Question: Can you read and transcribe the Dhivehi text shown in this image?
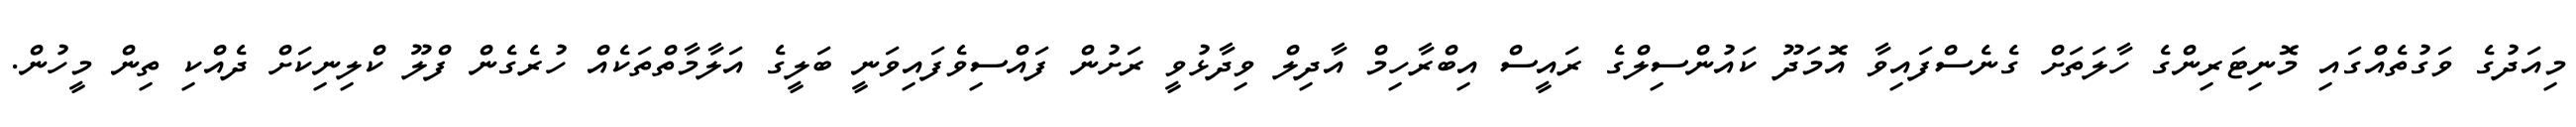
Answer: މިއަދުގެ ވަގުތެއްގައި މޮނިޓަރިންގެ ހާލަތަށް ގެނެސްފައިވާ އޮމަދޫ ކައުންސިލްގެ ރައީސް އިބްރާހިމް އާދިލް ވިދާޅުވީ ރަށުން ފައްސިވެފައިވަނީ ބަލީގެ އަލާމާތްތަކެއް ހުރެގެން ފްލޫ ކްލިނިކަށް ދެއްކި ތިން މީހުން.